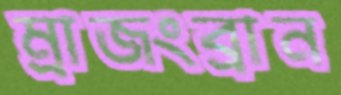
ম্রাজংব্রান